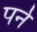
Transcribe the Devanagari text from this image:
पर्न